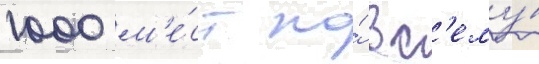
1000 м'е́ст по́ вс'ему́